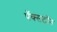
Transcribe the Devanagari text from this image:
पॅक्सटॉन